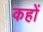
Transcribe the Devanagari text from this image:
कहों